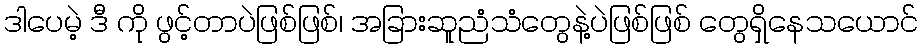
ဒါပေမဲ့ ဒီ ကို ဖွင့်တာပဲဖြစ်ဖြစ်၊ အခြားဆူညံသံတွေနဲ့ပဲဖြစ်ဖြစ် တွေရှိနေသယောင်